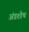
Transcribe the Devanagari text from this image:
अंडशोथ